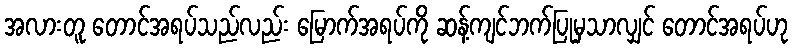
အလားတူ တောင်အရပ်သည်လည်း မြောက်အရပ်ကို ဆန့်ကျင်ဘက်ပြုမှသာလျှင် တောင်အရပ်ဟု